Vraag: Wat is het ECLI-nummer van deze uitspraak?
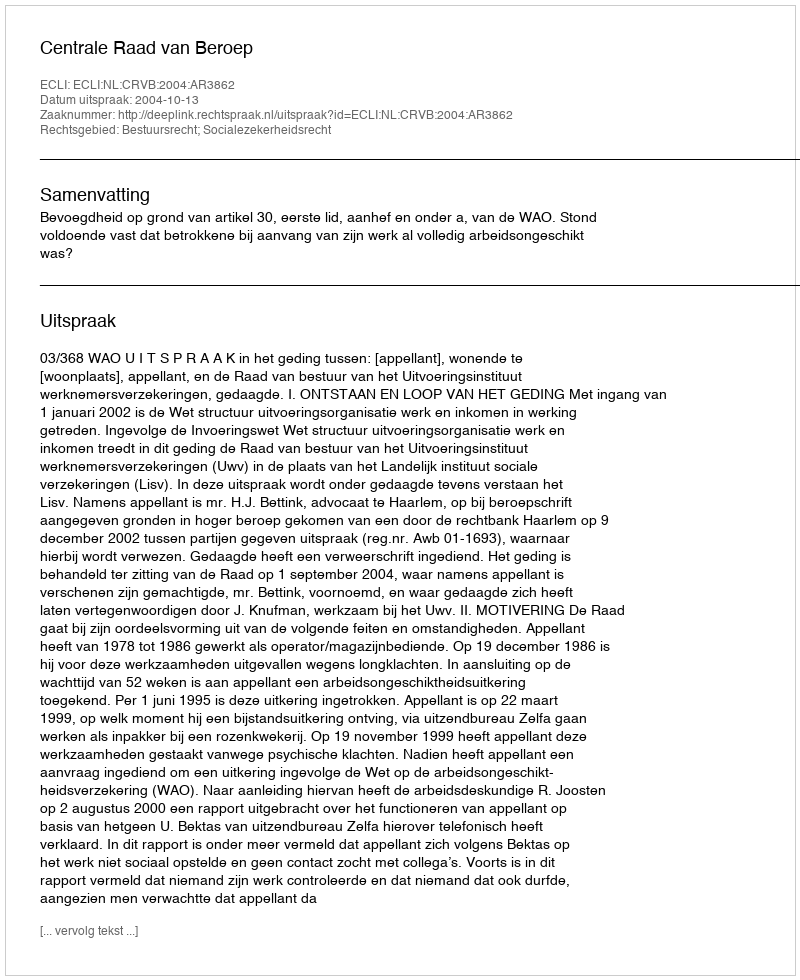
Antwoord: ECLI:NL:CRVB:2004:AR3862